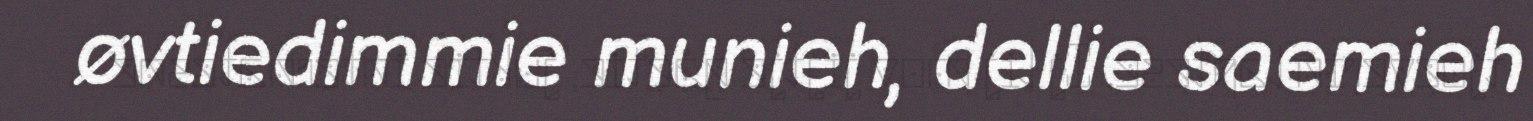
øvtiedimmie munieh, dellie saemieh